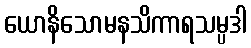
ယောနိသောမနသိကာရသမ္ပဒါ